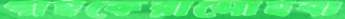
গাহকেরাসোহবা